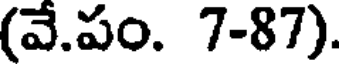
(వే.పం. 7-87).